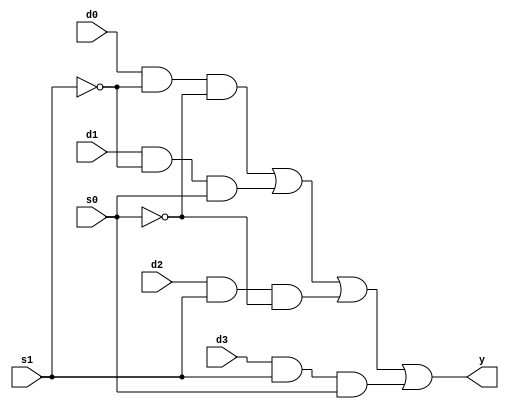
module MUX_41_dig(
    input s0, input s1,
    input d0, input d1, input d2, input d3,
    output y
    );
    assign y = (d0&~s1&~s0) | (d1&~s1&s0) | (d2&s1&~s0) | (d3&s1&s0);
endmodule